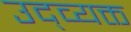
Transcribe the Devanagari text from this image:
उद्व्यक्त